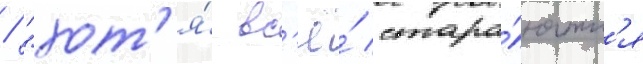
/ "хот'я́ вс'ё́ стара́ютс'я